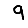
Digit: 9